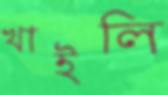
খাইলি